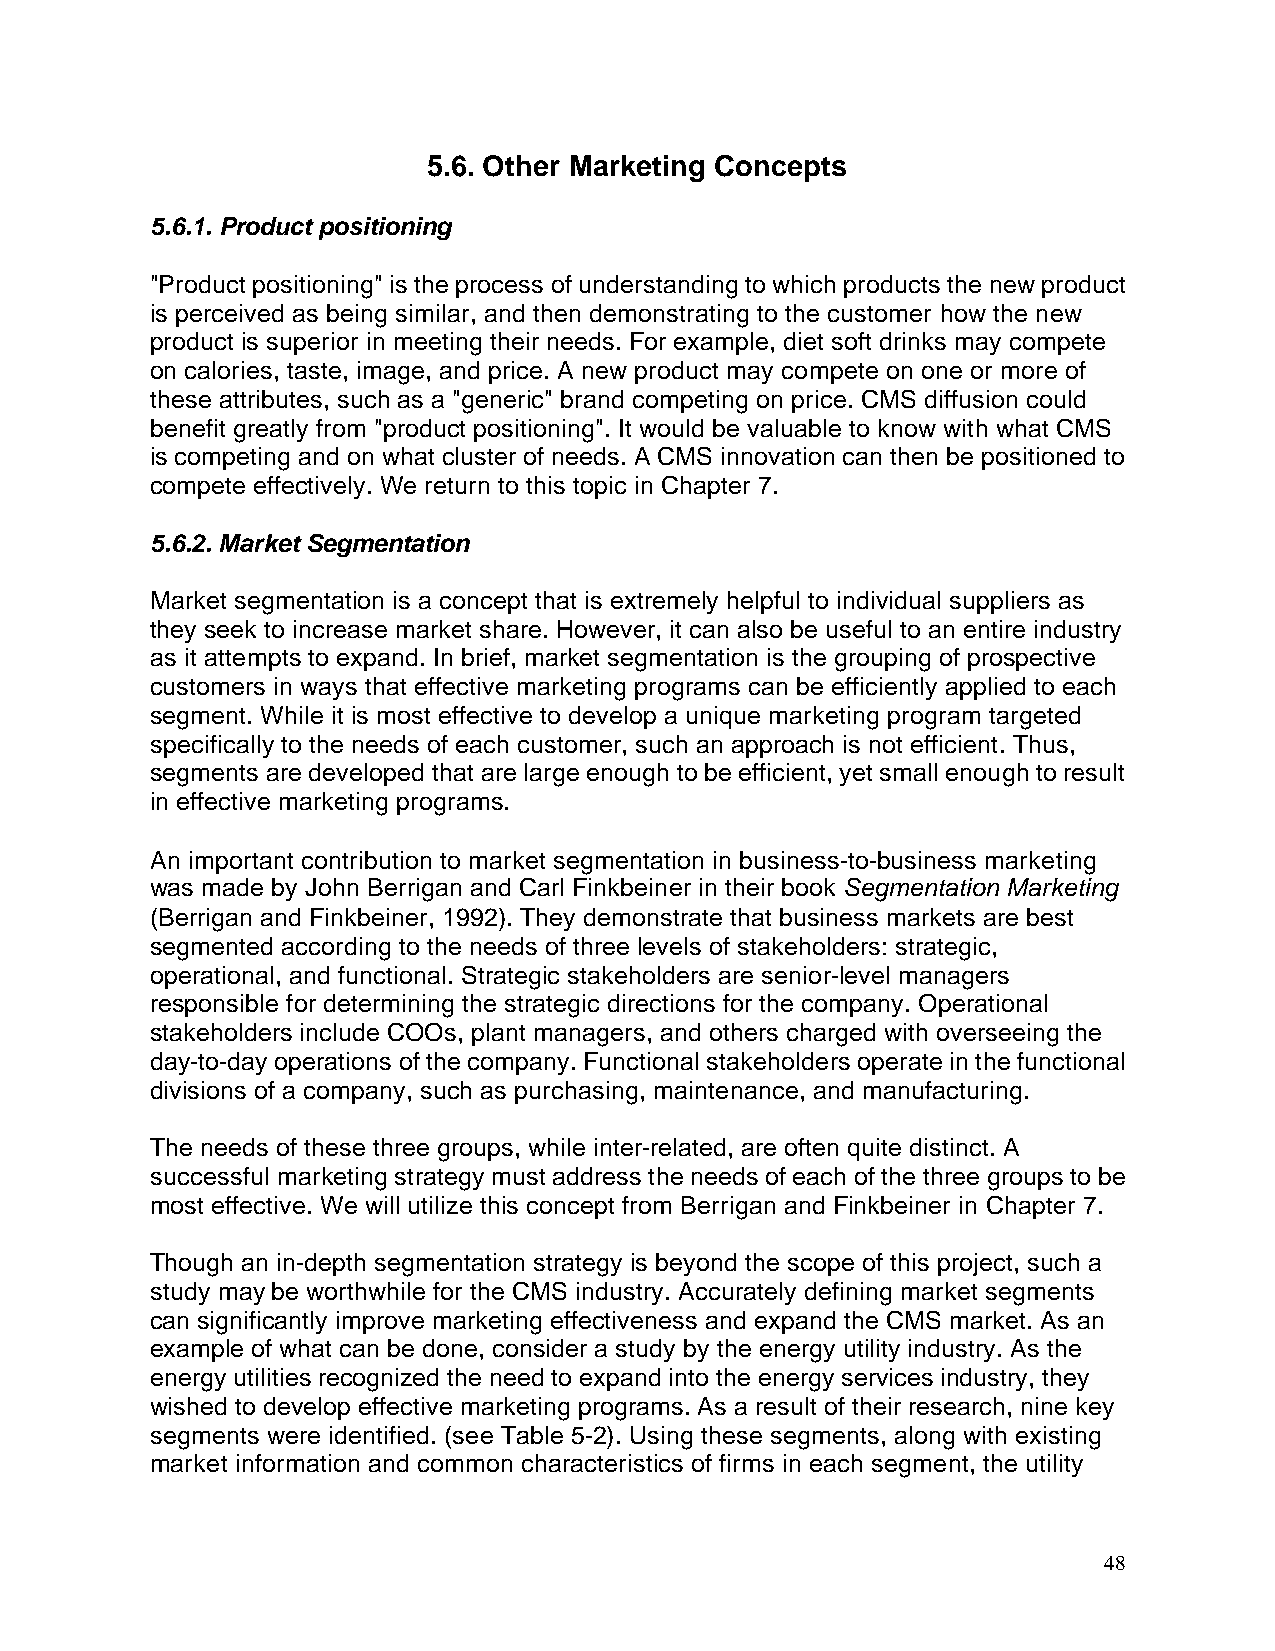
5.6. Other Marketing Concepts
 5.6.1. Product positioning
 "Product positioning" is the process of understanding to which products the new product
 is perceived as being similar, and then demonstrating to the customer how the new
 product is superior in meeting their needs. For example, diet soft drinks may compete
 on calories, taste, image, and price. A new product may compete on one or more of
 these attributes, such as a "generic" brand competing on price. CMS diffusion could
 benefit greatly from "product positioning". It would be valuable to know with what CMS
 is competing and on what cluster of needs. A CMS innovation can then be positioned to
 compete effectively. We return to this topic in Chapter 7.
 5.6.2. Market Segmentation
 Market segmentation is a concept that is extremely helpful to individual suppliers as
 they seek to increase market share. However, it can also be useful to an entire industry
 as it attempts to expand. In brief, market segmentation is the grouping of prospective
 customers in ways that effective marketing programs can be efficiently applied to each
 segment. While it is most effective to develop a unique marketing program targeted
 specifically to the needs of each customer, such an approach is not efficient. Thus,
 segments are developed that are large enough to be efficient, yet small enough to result
 in effective marketing programs.
 An important contribution to market segmentation in business-to-business marketing
 was made by John Berrigan and Carl Finkbeiner in their book Segmentation Marketing
 (Berrigan and Finkbeiner, 1992). They demonstrate that business markets are best
 segmented according to the needs of three levels of stakeholders: strategic,
 operational, and functional. Strategic stakeholders are senior-level managers
 responsible for determining the strategic directions for the company. Operational
 stakeholders include COOs, plant managers, and others charged with overseeing the
 day-to-day operations of the company. Functional stakeholders operate in the functional
 divisions of a company, such as purchasing, maintenance, and manufacturing.
 The needs of these three groups, while inter-related, are often quite distinct. A
 successful marketing strategy must address the needs of each of the three groups to be
 most effective. We will utilize this concept from Berrigan and Finkbeiner in Chapter 7.
 Though an in-depth segmentation strategy is beyond the scope of this project, such a
 study may be worthwhile for the CMS industry. Accurately defining market segments
 can significantly improve marketing effectiveness and expand the CMS market. As an
 example of what can be done, consider a study by the energy utility industry. As the
 energy utilities recognized the need to expand into the energy services industry, they
 wished to develop effective marketing programs. As a result of their research, nine key
 segments were identified. (see Table 5-2). Using these segments, along with existing
 market information and common characteristics of firms in each segment, the utility
 48